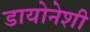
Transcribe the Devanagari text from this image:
डायोनेशी